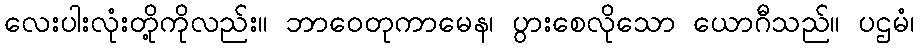
လေးပါးလုံးတို့ကိုလည်း။ ဘာဝေတုကာမေန၊ ပွားစေလိုသော ယောဂီသည်။ ပဌမံ၊